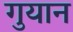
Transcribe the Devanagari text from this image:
गुयान